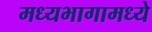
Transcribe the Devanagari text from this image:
मध्यभागामध्ये